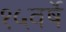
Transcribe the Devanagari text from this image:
१५वर्षे